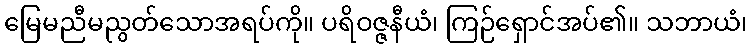
မြေမညီမညွတ်သောအရပ်ကို။ ပရိဝဇ္ဇနီယံ၊ ကြဉ်ရှောင်အပ်၏။ သဘာယံ၊